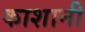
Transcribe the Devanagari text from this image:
काशानी